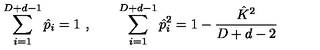
\sum _ { i = 1 } ^ { D + d - 1 } \hat { p } _ { i } = 1 \ , \qquad \sum _ { i = 1 } ^ { D + d - 1 } \hat { p } _ { i } ^ { 2 } = 1 - \frac { \hat { K } ^ { 2 } } { D + d - 2 }